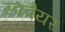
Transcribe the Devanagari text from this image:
स्‍क्‍वैयर